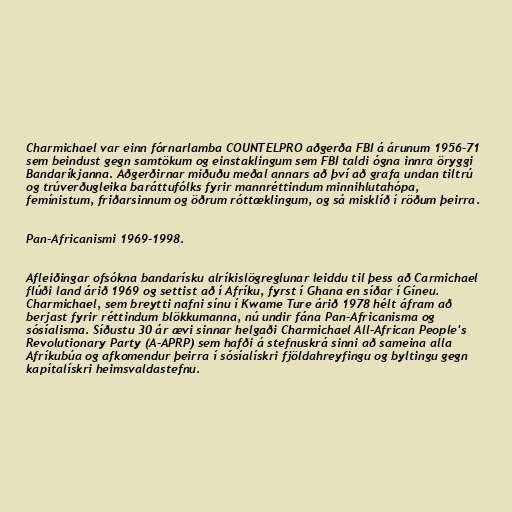
Charmichael var einn fórnarlamba COUNTELPRO aðgerða FBI á árunum 1956-71
sem beindust gegn samtökum og einstaklingum sem FBI taldi ógna innra öryggi
Bandaríkjanna. Aðgerðirnar miðuðu meðal annars að því að grafa undan tiltrú
og trúverðugleika baráttufólks fyrir mannréttindum minnihlutahópa,
femínistum, friðarsinnum og öðrum róttæklingum, og sá misklíð í röðum þeirra.

Pan-Africanismi 1969-1998.

Afleiðingar ofsókna bandarísku alríkislögreglunar leiddu til þess að Carmichael
flúði land árið 1969 og settist að í Afríku, fyrst í Ghana en síðar í Gíneu.
Charmichael, sem breytti nafni sínu í Kwame Ture árið 1978 hélt áfram að
berjast fyrir réttindum blökkumanna, nú undir fána Pan-Africanisma og
sósíalisma. Síðustu 30 ár ævi sinnar helgaði Charmichael All-African People's
Revolutionary Party (A-APRP) sem hafði á stefnuskrá sinni að sameina alla
Afríkubúa og afkomendur þeirra í sósíalískri fjöldahreyfingu og byltingu gegn
kapítalískri heimsvaldastefnu.